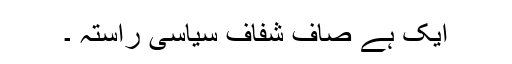
ایک ہے صاف شفاف سیاسی راستہ ۔